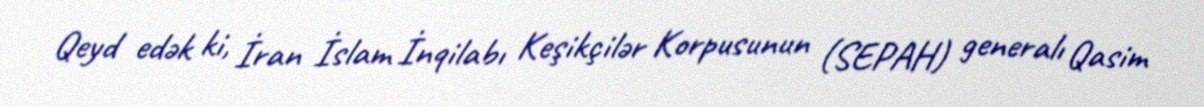
Qeyd edәk ki, İran İslam İnqilabı Keşikçilәr Korpusunun (SEPAH) generalı Qasim